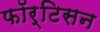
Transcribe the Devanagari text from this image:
फॉर्टिसन